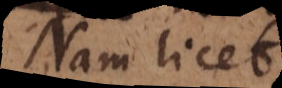
Nam licet